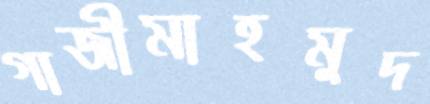
গাজীমাহমুদ